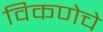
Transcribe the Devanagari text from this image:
विकणेचे